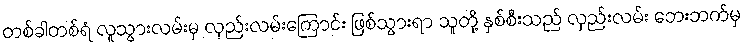
တစ်ခါတစ်ရံ လူသွားလမ်းမှ လှည်းလမ်းကြောင်း ဖြစ်သွားရာ သူတို့ နှစ်စီးသည် လှည်းလမ်း ဘေးဘက်မှ